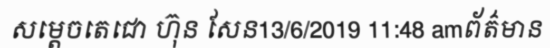
សម្តេចតេជោ ហ៊ុន សែន13/6/2019 11:48 amព័ត៌មាន